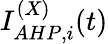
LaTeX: I_{AHP,i}^{(X)}(t)